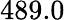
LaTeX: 489.0